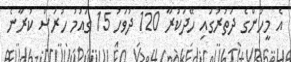
އެ މީހުންގެ ދަތުރުގައި ހޭދަކުރާ 120 ދުވަހު 15 ގައުމު ހުރަސް ކުރާނެ